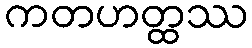
ကတဟတ္ထဿ